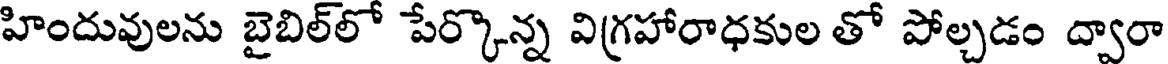
హిందువులను బైబిల్లో పేర్కొన్న విగ్రహారాధకుల తో పోల్చడం ద్వారా